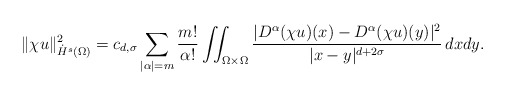
\begin{align*}&\|\chi u\|^2_{\dot H^s(\Omega)} = c_{d,\sigma}\sum\limits_{|\alpha|=m} \dfrac{m!}{\alpha!} \iint_{\Omega\times \Omega} \dfrac{|D^\alpha (\chi u) (x) -D^\alpha (\chi u) (y)|^2}{|x-y|^{d+2\sigma}}\,dxdy.\end{align*}